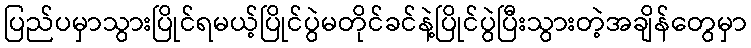
ပြည်ပမှာသွားပြိုင်ရမယ့်ပြိုင်ပွဲမတိုင်ခင်နဲ့ပြိုင်ပွဲပြီးသွားတဲ့အချိန်တွေမှာ